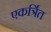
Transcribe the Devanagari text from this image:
एकर्त्रित